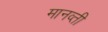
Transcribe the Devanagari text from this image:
मानव्ती